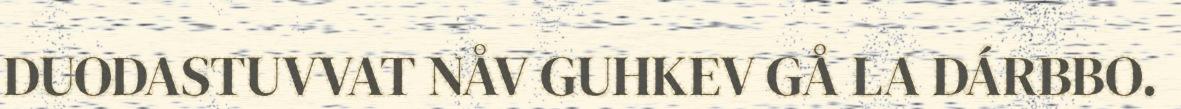
DUODASTUVVAT NÅV GUHKEV GÅ LA DÁRBBO.